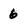
Character: 6